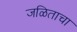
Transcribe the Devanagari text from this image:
जळिताचा